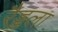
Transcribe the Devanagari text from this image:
रैड्डला